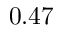
0 . 4 7